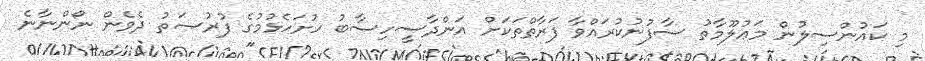
މި ކައުންސިލުން މަޢުލޫމާތު ސާފުނުކުރައްވާ ފަރާތްތަކަށް އަންދާސީހިސާބު ހުށަހެޅުމުގެ ފުރުޞަތު ދެވެން ނޯންނާނެ